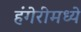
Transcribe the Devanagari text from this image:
हंगेरीमध्ये